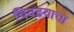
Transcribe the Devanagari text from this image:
चिवडयाचा